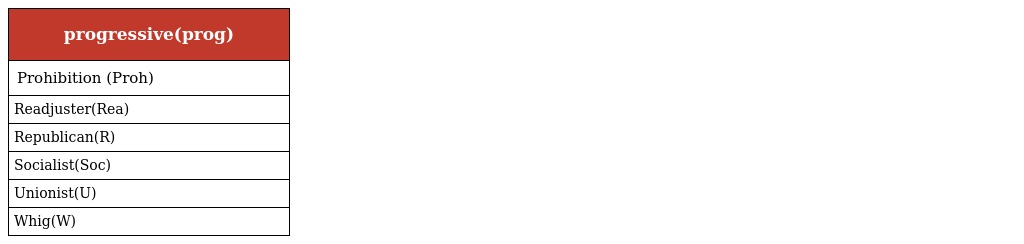
| progressive(prog) |
 | --- |
 | Prohibition (Proh) |
 | Readjuster(Rea) |
 | Republican(R) |
 | Socialist(Soc) |
 | Unionist(U) |
 | Whig(W) |